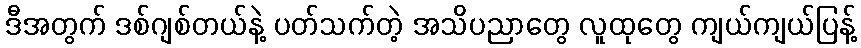
ဒီအတွက် ဒစ်ဂျစ်တယ်နဲ့ ပတ်သက်တဲ့ အသိပညာတွေ လူထုတွေ ကျယ်ကျယ်ပြန့်